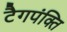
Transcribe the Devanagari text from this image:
टैगपंक्ति